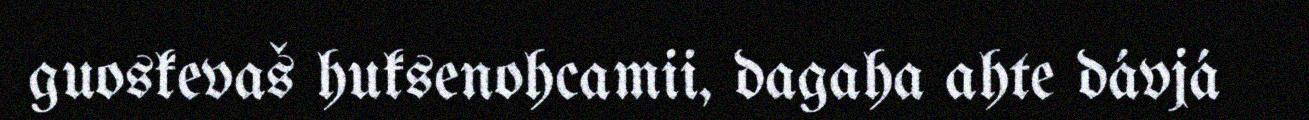
guoskevaš huksenohcamii, dagaha ahte dávjá